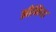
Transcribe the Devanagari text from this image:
झीनिया